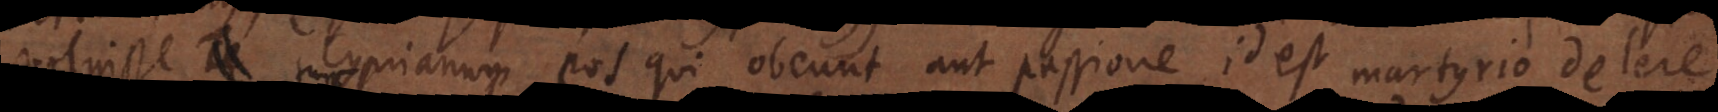
voluisse Cyprianum eos qui obeunt aut passione id est martyrio delere